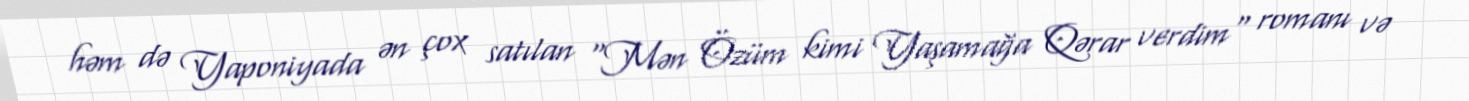
həm də Yaponiyada ən çox satılan "Mən Özüm kimi Yaşamağa Qərar verdim" romanı və